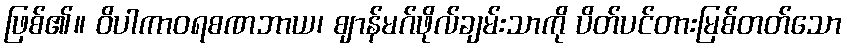
ဖြစ်၏။ ဝိပါကာဝရစဏဘာယ၊ ဈာန်မဂ်ဖိုလ်ချမ်းသာကို ပိတ်ပင်တားမြစ်တတ်သော